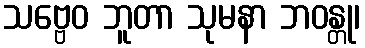
သဗ္ဗေဝ ဘူတာ သုမနာ ဘဝန္တု၊